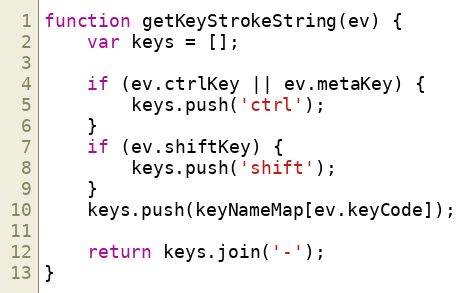
Language: JavaScript
function getKeyStrokeString(ev) {
    var keys = [];

    if (ev.ctrlKey || ev.metaKey) {
        keys.push('ctrl');
    }
    if (ev.shiftKey) {
        keys.push('shift');
    }
    keys.push(keyNameMap[ev.keyCode]);

    return keys.join('-');
}